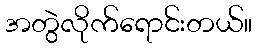
အတွဲလိုက်ရောင်းတယ်။